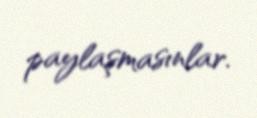
paylaşmasınlar.